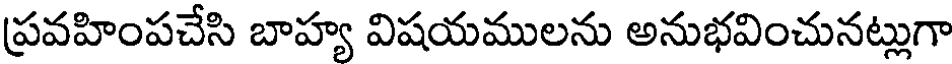
ప్రవహింపచేసి బాహ్య విషయములను అనుభవించునట్లుగా